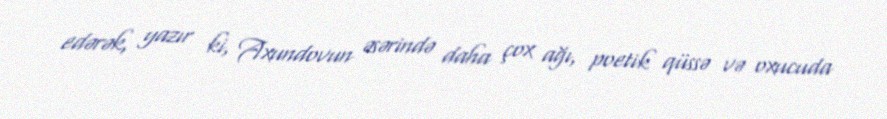
edərək, yazır ki, Axundovun əsərində daha çox ağı, poetik qüssə və oxucuda